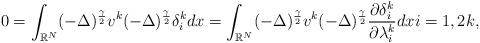
LaTeX: \begin{align*}0 = \displaystyle\int_{\mathbb{R}^N}(- \Delta)^{\frac{\gamma}{2}}v^k(- \Delta)^{\frac{\gamma}{2}} \delta_{i}^kdx = \displaystyle\int_{\mathbb{R}^N}(- \Delta)^{\frac{\gamma}{2}}v^k(- \Delta)^{\frac{\gamma}{2}} \frac{\partial\delta_{i}^k}{\partial \lambda_{i}^k}dx i = 1, 2 k,\end{align*}